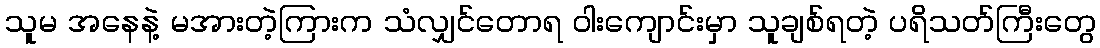
သူမ အနေနဲ့ မအားတဲ့ကြားက သံလျှင်တောရ ဝါးကျောင်းမှာ သူချစ်ရတဲ့ ပရိသတ်ကြီးတွေ